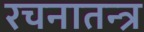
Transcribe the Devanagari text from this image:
रचनातन्त्र